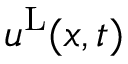
u ^ { \mathrm { L } } ( x , t )